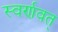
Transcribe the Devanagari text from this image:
स्वर्णवत्